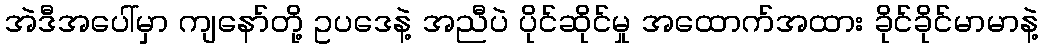
အဲဒီအပေါ်မှာ ကျနော်တို့ ဥပဒေနဲ့ အညီပဲ ပိုင်ဆိုင်မှု အထောက်အထား ခိုင်ခိုင်မာမာနဲ့